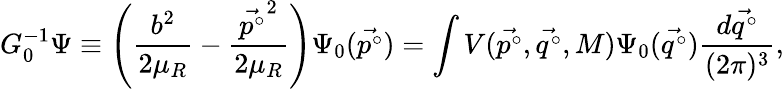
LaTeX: G_{0}^{-1}\Psi\equiv\left(\frac{b^{2}}{2\mu_{R}}-\frac{\vec{p^{\circ}}^{2}}{2\mu_{R}}\right)\Psi_{0}(\vec{p^{\circ}})=\int V(\vec{p^{\circ}},\vec{q^{\circ}},M)\Psi_{0}(\vec{q^{\circ}})\frac{d\vec{q^{\circ}}}{(2\pi)^{3}},